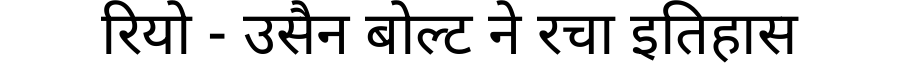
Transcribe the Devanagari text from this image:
रियो - उसैन बोल्ट ने रचा इतिहास